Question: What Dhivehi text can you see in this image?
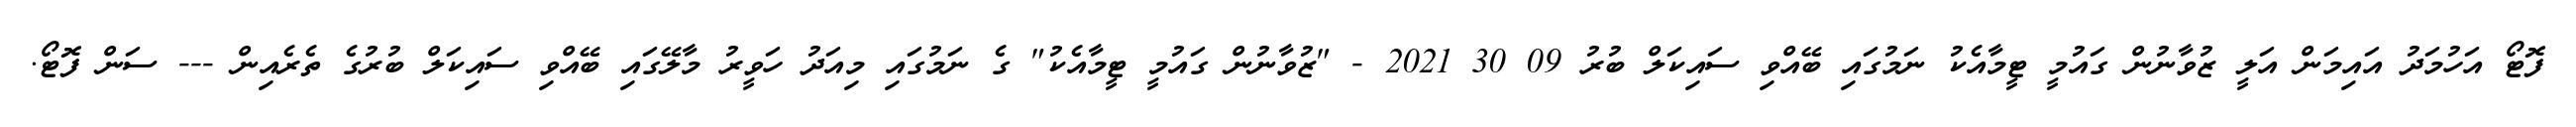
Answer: ފޮޓޯ އަހުމަދު އައިމަން އަލީ ޒުވާނުން ގައުމީ ޓީމާއެކު ނަމުގައި ބޭއްވި ސައިކަލް ބުރު 09 30 2021 - "ޒުވާނުން ގައުމީ ޓީމާއެކު" ގެ ނަމުގައި މިއަދު ހަވީރު މާލޭގައި ބޭއްވި ސައިކަލް ބުރުގެ ތެރެއިން --- ސަން ފޮޓޯ.